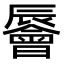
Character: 䢈